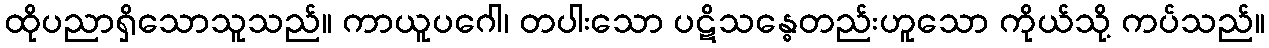
ထိုပညာရှိသောသူသည်။ ကာယူပဂေါ၊ တပါးသော ပဋိသန္ဓေတည်းဟူသော ကိုယ်သို့ ကပ်သည်။